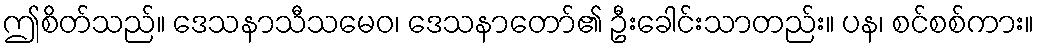
ဤစိတ်သည်။ ဒေသနာသီသမေဝ၊ ဒေသနာတော်၏ ဦးခေါင်းသာတည်း။ ပန၊ စင်စစ်ကား။